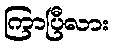
ကြာပြီလား